Scottish Certificate of Education, 1963
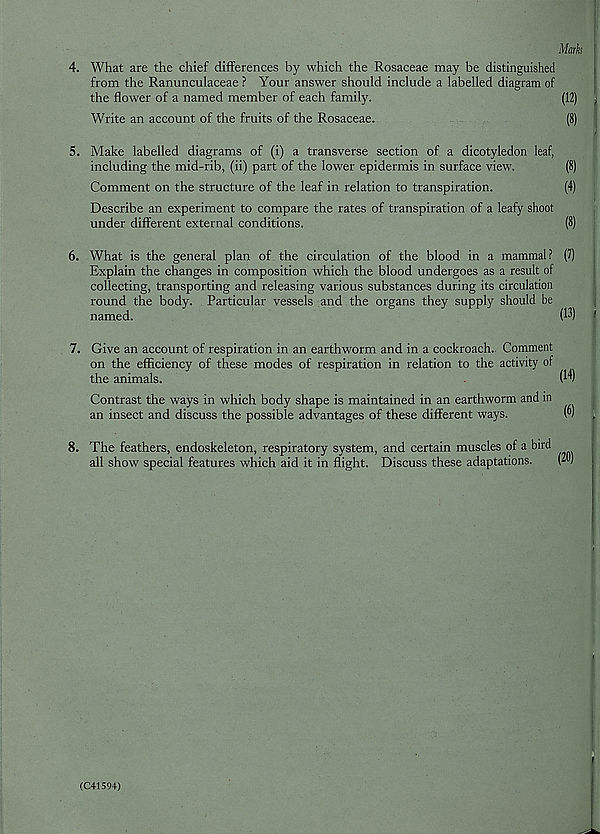
Marks
4. What are the chief differences by which the Rosaceae may be distinguished
from the Ranunculaceae ? Your answer should include a labelled diagram of
the flower of a named member of each family.
(12) i
Write an account of the fruits of the Rosaceae.
(8)
5. Make labelled diagrams of (i) a transverse section of a dicotyledon leaf,
including the mid-rib, (ii) part of the lower epidermis in surface view.
(8)
Comment on the structure of the leaf in relation to transpiration.
(4)
Describe an experiment to compare the rates of transpiration of a leafy shoot
under different external conditions.
(8)
6. What is the general plan of the circulation of the blood in a mammal? (7)
Explain the changes in composition which the blood undergoes as a result of
collecting, transporting and releasing various substances during its circulation
round the body. Particular vessels and the organs they supply should be
named.
(13) I
7. Give an account of respiration in an earthworm and in a cockroach.. Comment
on the efficiency of these modes of respiration in relation to the activity of
the animals.
(I*!)
Contrast the ways in which body shape is maintained in an earthworm and in
an insect and discuss the possible advantages of these different ways.
(”)
8. The feathers, endoskeleton, respiratory system, and certain muscles of a bird
all show special features which aid it in flight. Discuss these adaptations.
(2D)
■
t
i
(041594)